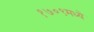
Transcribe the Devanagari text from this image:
१७०९मध्ये